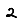
Digit: 2